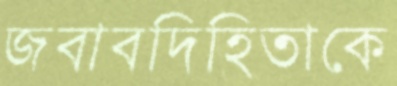
জবাবদিহিতাকে